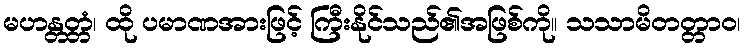
မဟန္တတ္တံ၊ ထို ပမာဏအားဖြင့် ကြီးနိုင်သည်၏အဖြစ်ကို။ သသာမိတတ္တာဝ၊